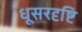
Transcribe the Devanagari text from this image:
धूसरदृष्टि